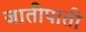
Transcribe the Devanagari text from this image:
जातीपाती